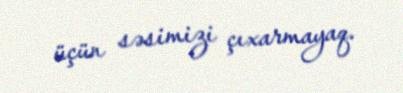
üçün səsimizi çıxarmayaq.